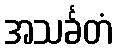
အသင်္ခတံ